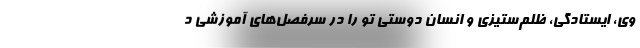
وی، ایستادگی، ظلم‌ستیزی و انسان دوستی تو را در سرفصل‌های آموزشی د